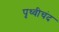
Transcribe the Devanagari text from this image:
पृथ्वीचंद